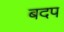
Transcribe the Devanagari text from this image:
बदप